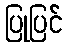
ပြုပြင်